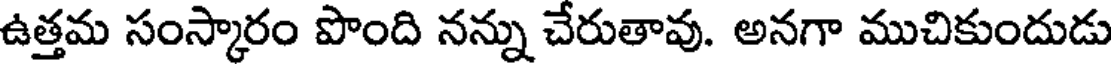
ఉత్తమ సంస్కారం పొంది నన్ను చేరుతావు. అనగా ముచికుందుడు